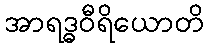
အာရဒ္ဓဝီရိယောတိ